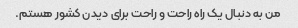
من به دنبال یک راه راحت و راحت برای دیدن کشور هستم.